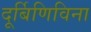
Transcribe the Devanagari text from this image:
दूर्बिणिविना